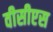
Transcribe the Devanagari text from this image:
वीसीएस